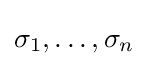
{\textstyle \sigma _{1},\ldots ,\sigma _{n}}